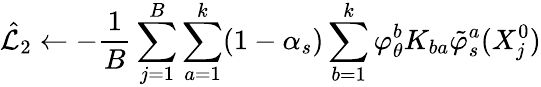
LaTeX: \hat{\mathcal{L}}_{2}\gets-\frac{1}{B}\sum_{j=1}^{B}\sum_{a=1}^{k}(1-\alpha_{s})\sum_{b=1}^{k}\varphi_{\theta}^{b}K_{ba}\tilde{\varphi}_{s}^{a}(X_{j}^{0})